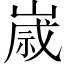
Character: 𡻕